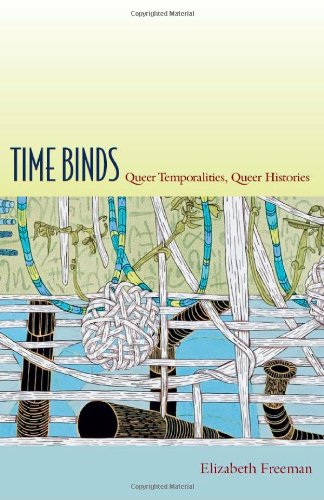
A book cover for Time Binds: Queer Temporalities, Queer Histories (Perverse Modernities: A Series Edited by Jack Halberstam and Lisa Lowe); Elizabeth Freeman; Gay & Lesbian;